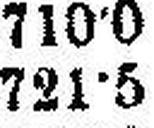
721•5